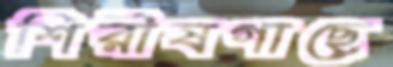
শিরীষগাছে